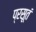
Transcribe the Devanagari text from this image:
प्रसूतं